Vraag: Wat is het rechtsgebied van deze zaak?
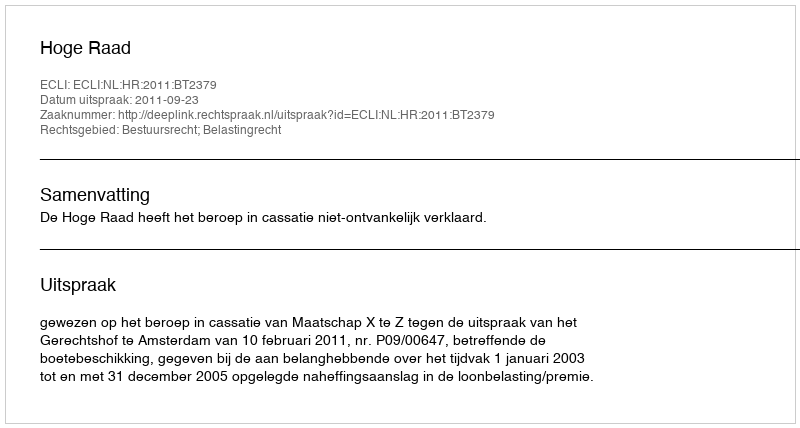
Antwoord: Bestuursrecht; Belastingrecht